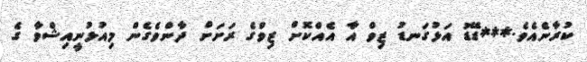
ކުރާނެއެވެ.***ޑޭޑު އަޅުގަނޑު ޒިވް އާ އެއްކޮށް ޒިވްގެ ރަށަށް ދާންވެގެން މިއުޅުނީއިޝްވާ ގެ